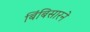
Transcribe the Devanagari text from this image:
बिंबिसारने